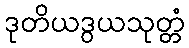
ဒုတိယဒွယသုတ္တံ